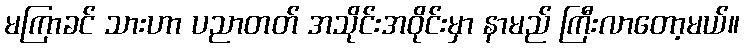
မကြာခင် သားဟာ ပညာတတ် အသိုင်းအဝိုင်းမှာ နာမည် ကြီးလာတော့မယ်။